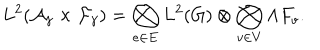
LaTeX: L ^ { 2 } ( { \cal A } _ { \gamma } \times { \cal F } _ { \gamma } ) = \bigotimes _ { e \in E } L ^ { 2 } ( G ) \otimes \bigotimes _ { v \in V } \Lambda F _ { v } .